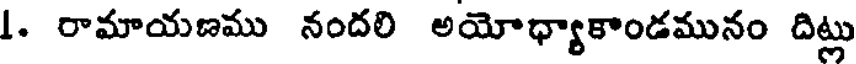
1. రామాయణము నందలి అయోధ్యాకాండమునం దిట్లు